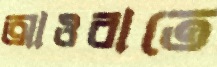
আওরাতে